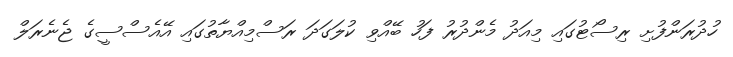
ހުދުރަންފުށި ރިސޯޓުގައި މިއަދު މެންދުރު ފަހު ބޭއްވި ކުލަގަދަ ރަސްމިއްޔާތުގައި އޭއެސްސީގެ ޖެނެރަލް